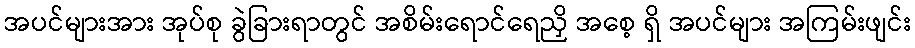
အပင်များအား အုပ်စု ခွဲခြားရာတွင် အစိမ်းရောင်ရေညှိ အစေ့ ရှိ အပင်များ အကြမ်းဖျင်း